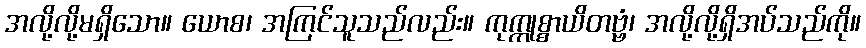
အလို့လို့မရှိသော။ ယောစ၊ အကြင်သူသည်လည်း။ ကုက္ကုစ္စာယိတဗ္ဗံ၊ အလို့လို့ရှိအပ်သည်ကို။